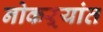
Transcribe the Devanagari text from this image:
नोकऱ्यांत